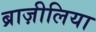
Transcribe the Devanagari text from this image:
ब्राज़ीलिया